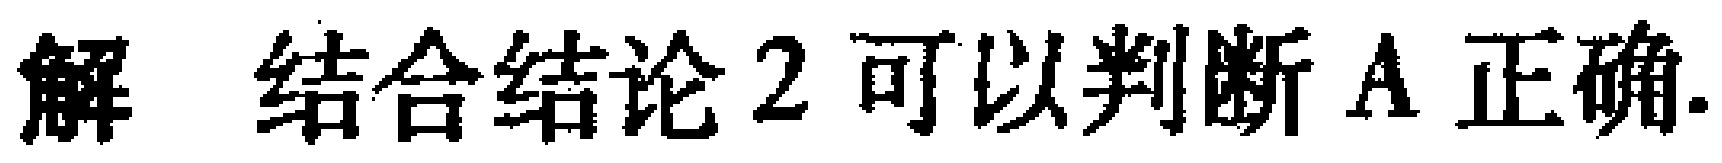
解 结合结论2可以判断A正确.